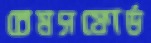
চেমসফোর্ড